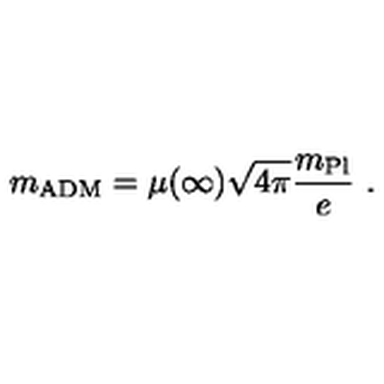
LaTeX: m _ { \mathrm { A D M } } = \mu ( \infty ) \sqrt { 4 \pi } \frac { m _ { \mathrm { P l } } } { e } \ .